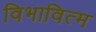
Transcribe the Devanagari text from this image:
विभावित्म